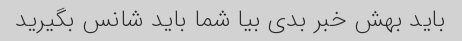
باید بهش خبر بدی بیا شما باید شانس بگیرید